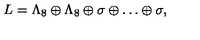
L = \Lambda _ { 8 } \oplus \Lambda _ { 8 } \oplus \sigma \oplus \ldots \oplus \sigma ,